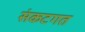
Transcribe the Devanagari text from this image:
संकटगत